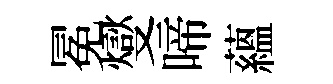
冕燮啼藴